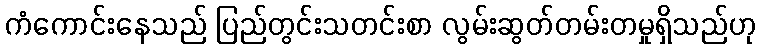
ကံကောင်းနေသည် ပြည်တွင်းသတင်းစာ လွမ်းဆွတ်တမ်းတမှုရှိသည်ဟု